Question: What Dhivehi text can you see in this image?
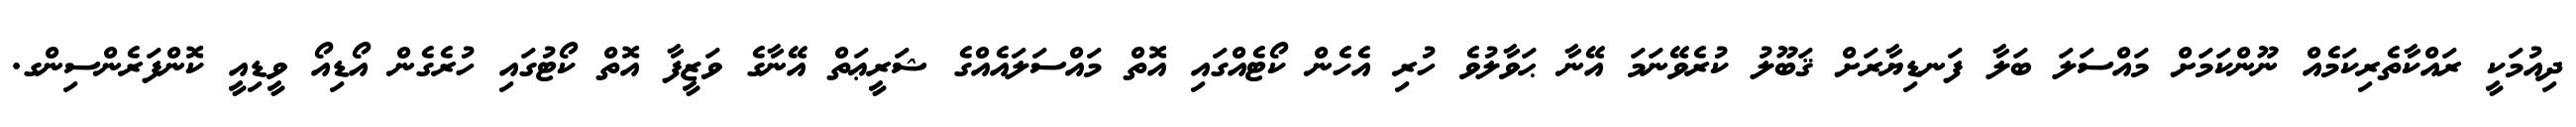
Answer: ދިއުމަކީ ރައްކާތެރިކަމެއް ނޫންކަމަށް މައްސަލަ ބަލާ ފަނޑިޔާރަށް ޤަބޫލު ކުރެވޭނަމަ އޭނާ ޙަވާލުވެ ހުރި އެހެން ކޯޓެއްގައި އޮތް މައްސަލައެއްގެ ޝަރީޢަތް އޭނާގެ ވަޒީފާ އޮތް ކޯޓުގައި ހުރެގެން އޯޑިއޯ ވީޑިއީ ކޮންފަރެންސިންގ.